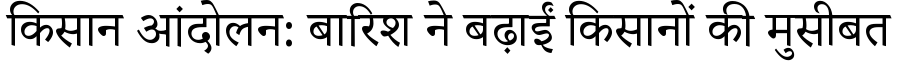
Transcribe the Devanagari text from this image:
किसान आंदोलन: बारिश ने बढ़ाईं किसानों की मुसीबत